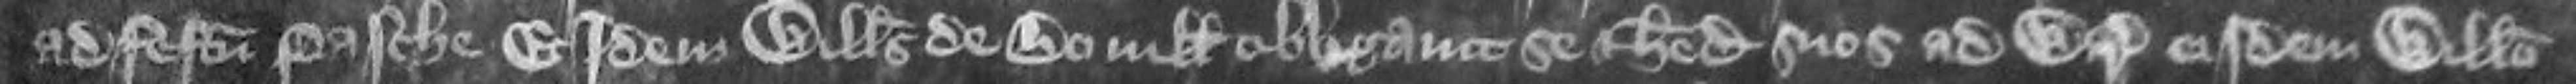
ad festum Pasche Et idem Willelmus de Boville obligavit se et heredes suos ad warantizandum eisdem Willelmo